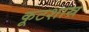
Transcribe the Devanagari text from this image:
कूटशास्र